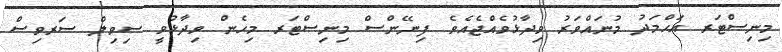
މިނިސްޓަރ އަޙްމަދު މުނައްވަރު ވިދާޅުވެއްޖެއެވެ. ފިނޭންސް މިނިސްޓަރ މިހެން ވިދާޅުވީ ސިވިލް ސަރވިސް